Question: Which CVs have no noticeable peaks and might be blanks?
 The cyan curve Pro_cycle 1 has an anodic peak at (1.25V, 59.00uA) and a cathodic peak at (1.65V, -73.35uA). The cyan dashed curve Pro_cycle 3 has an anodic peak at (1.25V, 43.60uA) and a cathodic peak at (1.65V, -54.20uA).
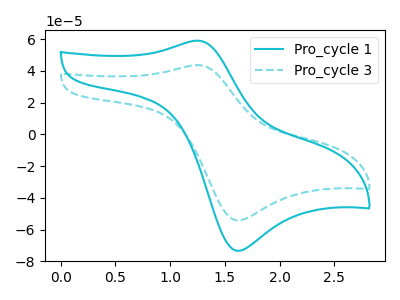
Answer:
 <answer>There are not any CV's on this graph that are likely to be blanks.</answer>
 <eval>none</eval>